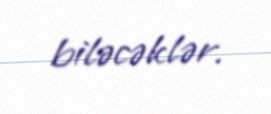
biləcəklər.